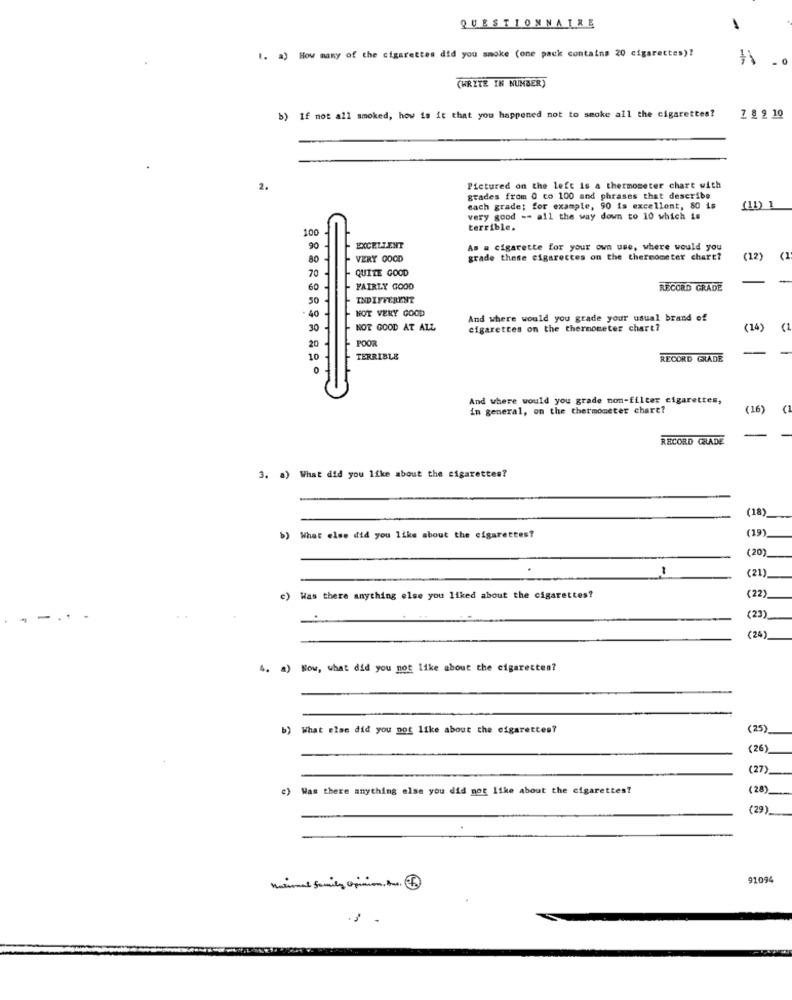
QUESTIONNAIRE
1. a) How many of the cigarettes did you smoke (one pack contains 20 cigarettes)?
-
(WRITE IN NUMBER)
b) If not all smoked, how is it that you happened not to smoke all the cigarettes?
7 8 9 10
2.
Pictured on the left is a thermometer chart with
grades from 0 co 100 and phrases that describe
each grade; for example, 90 is excellent, 80 is
(11) 1
very good -- all the way down to 10 which is
100
terrible.
EXCELLENT
As a cigarette for your own use, where would you
VERY GOOD
grade these cigarettes on the thermometer chart?
(12)
(1
QUITE GOOD
FAIRLY GOOD
RECORD GRADE
INDIFFERENT
NOT VERY GOOD
And where would you grade your usual brand of
30
NOT GOOD AT ALL
cigarettes on the thermometer chart?
(14)
( 1
POOR
TERRIBLE
RECORD GRADE
And where would you grade non-filter cigarettes,
in general, on the thermometer chart?
(16)
RECORD GRADE
3. a) What did you like about the cigarettes?
(18)
(19)
b) What else did you like about the cigarettes?
(20)
(21)
(22)
c) Was there anything else you liked about the cigarettes?
(23)
(24)
4. a) Now, what did you not like about the cigarettes?
b) What else did you not like about the cigarettes?
(25)
(26)
(27)
e) Was there anything else you did not like about the cigarettes?
(28)
(29)
91094
National family Opinion, Are. 5